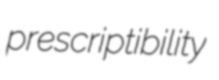
prescriptibility